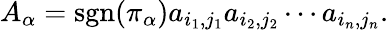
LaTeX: A_{\alpha}=\operatorname{sgn}(\pi_{\alpha})a_{i_{1},j_{1}}a_{i_{2},j_{2}}\cdots a_{i_{n},j_{n}}.